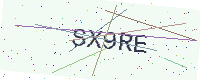
Text: SX9RE